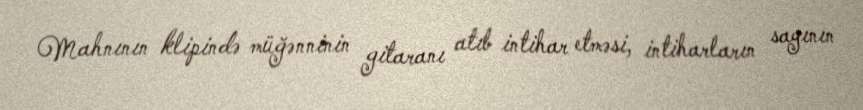
Mahnının klipində müğənninin gitaranı atıb intihar etməsi, intiharların sayının